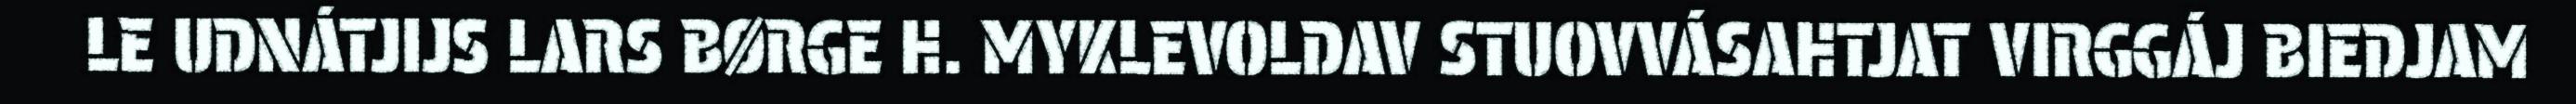
LE UDNÁTJIJS LARS BØRGE H. MYKLEVOLDAV STUOVVÁSAHTJAT VIRGGÁJ BIEDJAM